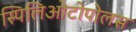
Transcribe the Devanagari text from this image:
स्पिलिओटोपोलस